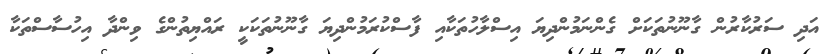
އަދި ސަރުކާރުން ގާނޫނުތަކަށް ގެންނަމުންދިޔަ އިސްލާހުތަކާއި ފާސްކުރަމުންދިޔަ ގާނޫނުތަކަކީ ރައްޔިތުންގެ ވިންދާ އިހުސާސްތަކާ